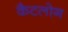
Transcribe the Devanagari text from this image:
कैटलोग